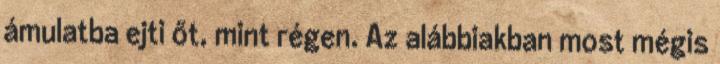
ámulatba ejti őt, mint régen. Az alábbiakban most mégis